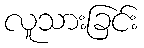
လူသားခြင်း